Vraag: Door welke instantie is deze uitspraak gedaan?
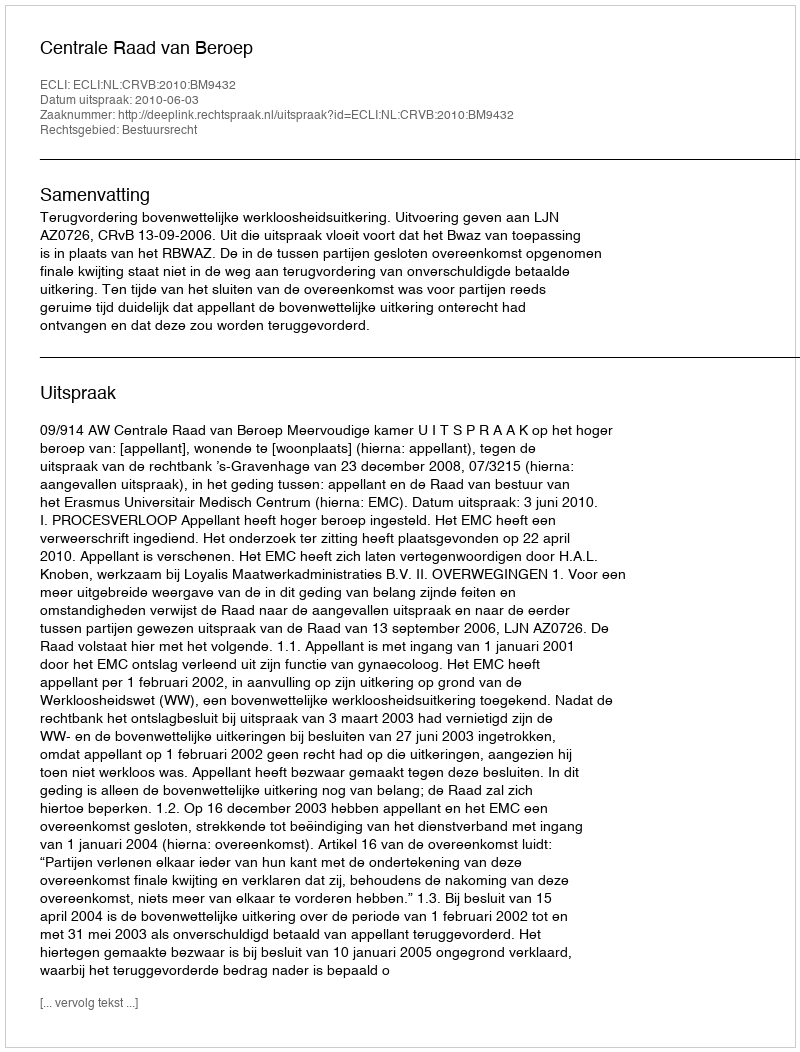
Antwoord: Centrale Raad van Beroep